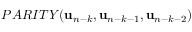
P A R I T Y ( { \bf u } _ { n - k } , { \bf u } _ { n - k - 1 } , { \bf u } _ { n - k - 2 } )